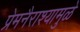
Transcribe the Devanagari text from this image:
प्रेमनैराश्‍यामुळे